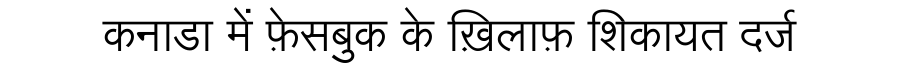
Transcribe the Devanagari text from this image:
कनाडा में फ़ेसबुक के ख़िलाफ़ शिकायत दर्ज